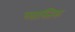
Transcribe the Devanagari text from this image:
प्लास्तिक